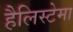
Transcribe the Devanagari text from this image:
हैलिस्टेमा